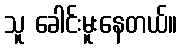
သူ ခေါင်းမူးနေတယ်။